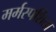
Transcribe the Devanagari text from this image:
मर्मस्पर्शिता